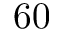
6 0